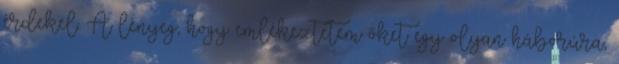
érdekel. A lényeg, hogy emlékeztetem őket egy olyan háborúra,